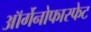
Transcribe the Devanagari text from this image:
ऑर्गेनोफास्फेट